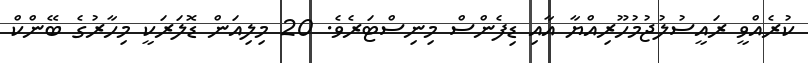
ކުރެއްވީ ރައީސުލުޖުމުހޫރިއްޔާ އާއި ޑިފެންސް މިނިސްޓަރެވެ. 20 މިލިއަން ޑޮލަރަކީ މިހާރުގެ ބޭންކް